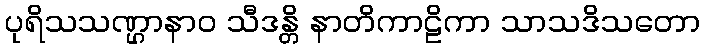
ပုရိသသဏ္ဌာနာဝ သီဒန္တိ နာတိကာဠိကာ သာသဒိသတော